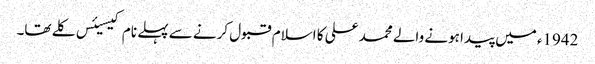
1942ء میں پیدا ہونے والے محمد علی کا اسلام قبول کرنے سے پہلے نام کیسیئس کلے تھا۔